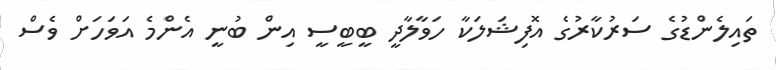
ތައިލެންޑުގެ ސަރުކާރުގެ އޮފިޝަލަކާ ހަވާލާދީ ބީބީސީ އިން ބުނީ އެންމެ އަވަހަށް ވެސް